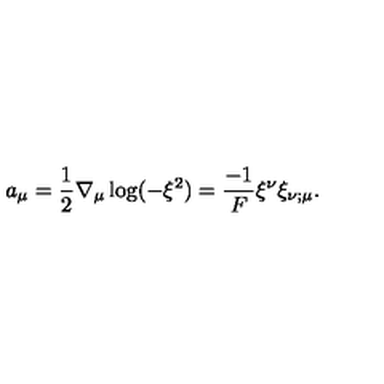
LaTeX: a _ { \mu } = \frac { 1 } { 2 } \nabla _ { \mu } \log ( - \xi ^ { 2 } ) = \frac { - 1 } { F } \xi ^ { \nu } \xi _ { \nu ; \mu } .